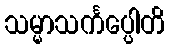
သမ္မာသင်္ကပ္ပေါတိ